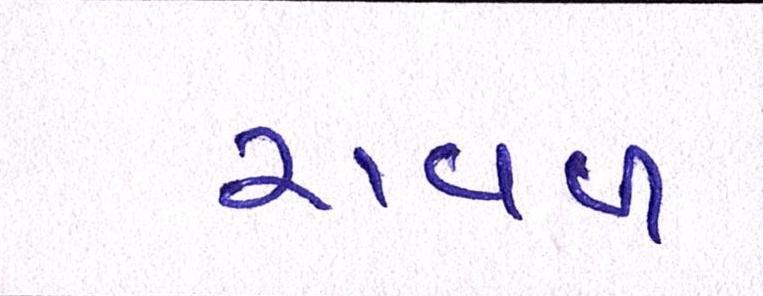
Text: રાવળ